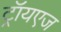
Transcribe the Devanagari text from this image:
ट्रॉयएज